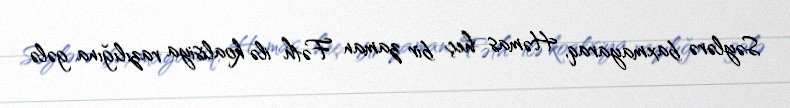
Səylərə baxmayaraq, Həmas heç bir zaman Fəth ilə koalisiya razılığına gələ